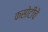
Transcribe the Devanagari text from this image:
कसोटीचे